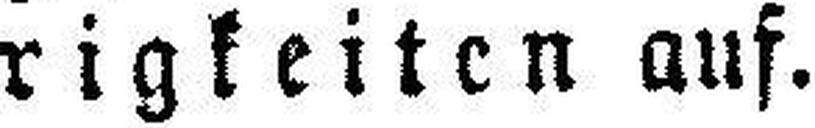
rigkeiten auf.